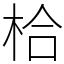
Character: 㭘